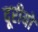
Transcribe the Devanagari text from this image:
दूरीयों